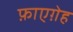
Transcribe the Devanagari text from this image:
फ़ाएग़ेह